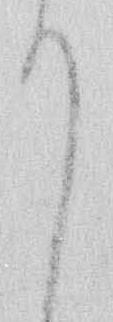
て